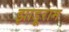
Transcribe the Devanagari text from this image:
झाड़ूराम